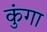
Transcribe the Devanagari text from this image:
कुंगा